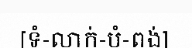
[ទំ-លាក់-បំ-ពង់]